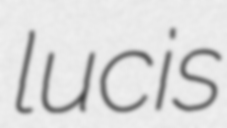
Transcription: lucis